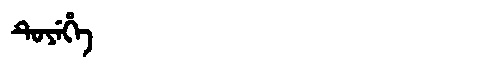
Manchu: ᡨᡠᠶᡝᡥᡝ
Romanization: TUYEHE